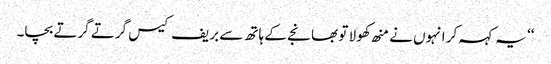
‘‘ یہ کہہ کر انہوں نے منھ کھولا تو بھانجے کے ہاتھ سے بریف کیس گرتے گرتے بچا۔